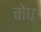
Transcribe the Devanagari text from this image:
बोघ